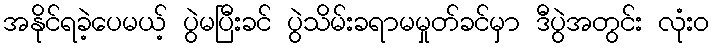
အနိုင်ရခဲ့ပေမယ့် ပွဲမပြီးခင် ပွဲသိမ်းခရာမမှုတ်ခင်မှာ ဒီပွဲအတွင်း လုံးဝ